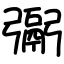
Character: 䰜